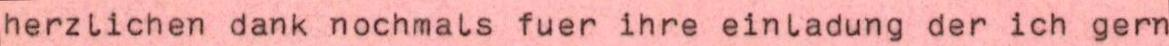
herzlichen dank nochmals fuer ihre einladung der ich gern